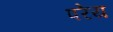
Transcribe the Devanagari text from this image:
परेय